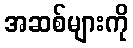
အဆစ်များကို